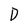
Character: D